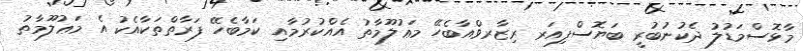
މާޅޮސްމަޑުލު ދެކުނުބުރީ ބަޔޮސްފިއަރ ރިޒާރވްއާބެހޭ މަޢުލޫމާތު އެއްކުރުމާއި ކަމާބެހޭ ފަރާތްތަކާއެކު އެ މަޢުލޫމާތު